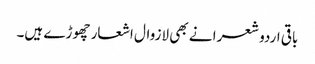
باقی اردو شعرا نے بھی لازوال اشعار چھوڑے ہیں۔